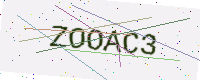
Text: ZOOAC3